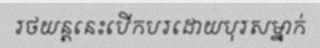
រថយន្តនេះបើកបរដោយបុរសម្នាក់